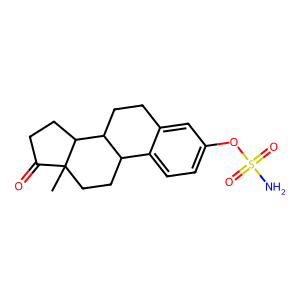
SMILES: CC12CCC3c4ccc(OS(N)(=O)=O)cc4CCC3C1CCC2=O
Inhibits HIV replication: No